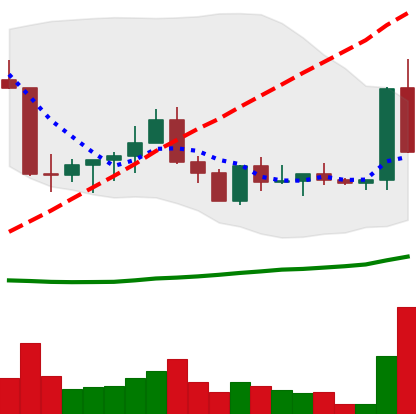
Ticker: ETC-USD
Chart end date: 2022-09-06
Forward return: 11.199%
Label: up_7plus